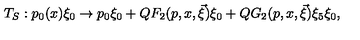
T _ { S } : p _ { 0 } ( x ) \xi _ { 0 } \rightarrow p _ { 0 } \xi _ { 0 } + Q F _ { 2 } ( p , x , \vec { \xi } ) \xi _ { 0 } + Q G _ { 2 } ( p , x , \vec { \xi } ) \xi _ { 5 } \xi _ { 0 } ,